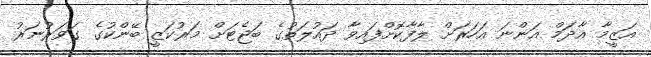
އަޒީމާ އާދަމް އަންނަ އަހަރަށް ލާފާކޮށްފައިވާ ދައުލަތުގެ ބަޖެޓަށް މަރުކަޒީ ބޭންކުގެ ގަވަރުނަރު